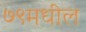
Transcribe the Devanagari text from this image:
७९मधील